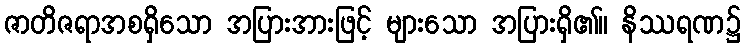
ဇာတိဇရာအစရှိသော အပြားအားဖြင့် များသော အပြားရှိ၏။ နိဿရဏ၌